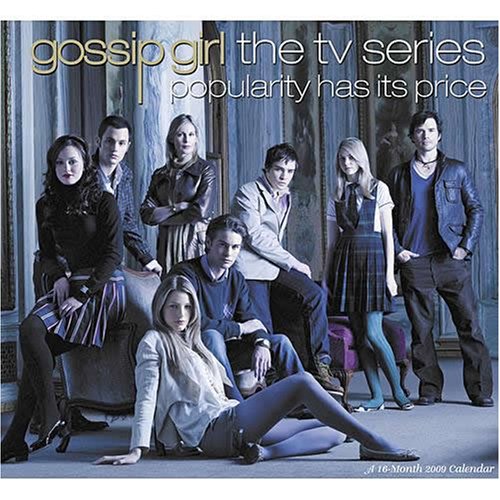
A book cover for Gossip Girl The TV Series 2009 Calendar: Popularity Has Its Price; Calendars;